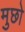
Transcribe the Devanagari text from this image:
मुछो